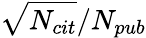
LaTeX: \sqrt{N_{cit}}/N_{pub}